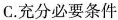
C.充分必要条件